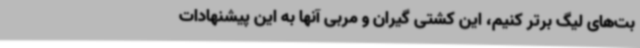
بت‌های لیگ برتر کنیم، این کشتی گیران و مربی آنها به این پیشنهادات